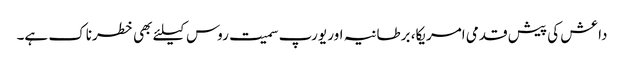
داعش کی پیش قدمی امریکا، برطانیہ اور یورپ سمیت روس کیلئے بھی خطرناک ہے۔